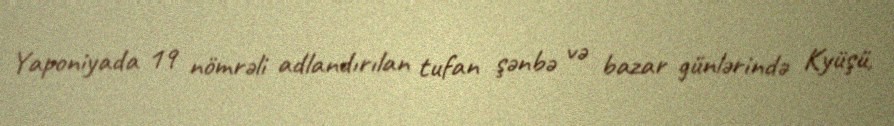
Yaponiyada 19 nömrəli adlandırılan tufan şənbə və bazar günlərində Kyüşü,